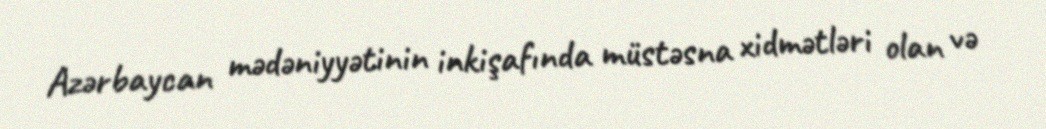
Azərbaycan mədəniyyətinin inkişafında müstəsna xidmətləri olan və